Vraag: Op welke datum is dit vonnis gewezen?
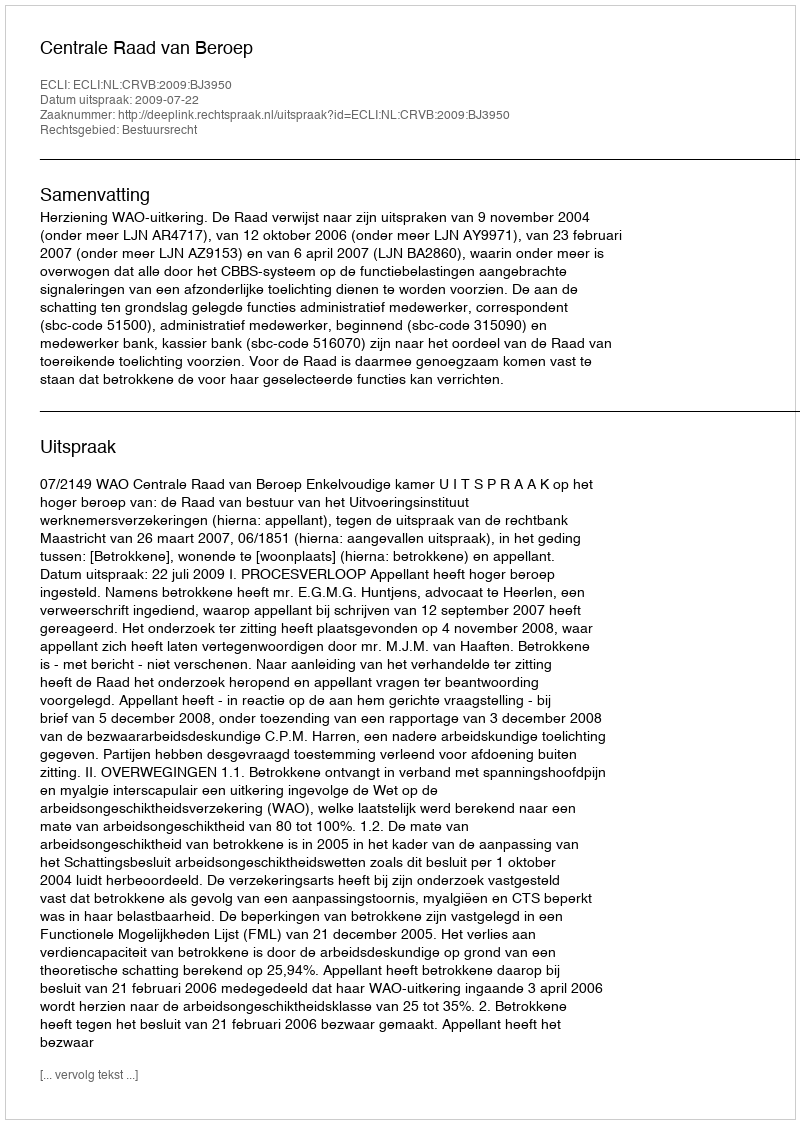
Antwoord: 2009-07-22